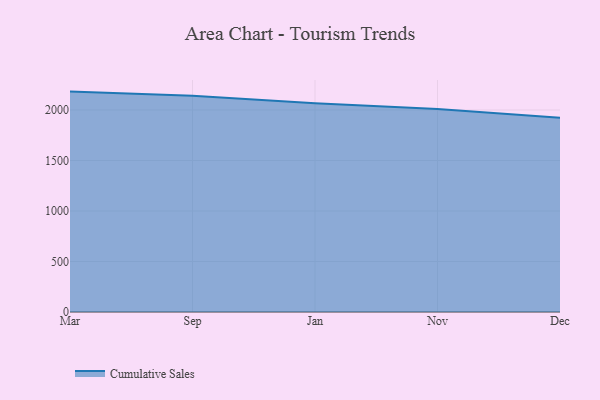
{"axis": {"x": "Month", "y": "Backlog"}, "legend": ["Cumulative Sales"], "data": [{"x": "Mar", "y": 2182.1, "type": "Cumulative Sales"}, {"x": "Sep", "y": 2139.8, "type": "Cumulative Sales"}, {"x": "Jan", "y": 2065.6, "type": "Cumulative Sales"}, {"x": "Nov", "y": 2010.7, "type": "Cumulative Sales"}, {"x": "Dec", "y": 1922.4, "type": "Cumulative Sales"}]}